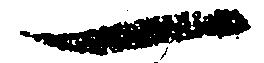
一